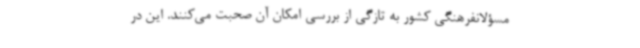
مسؤلانفرهنگی کشور به تازگی از بررسی امکان آن صحبت می‌کنند. این در